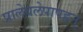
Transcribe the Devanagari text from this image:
प्रालेयलेपापहृन्